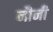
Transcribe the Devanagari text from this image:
नौनी